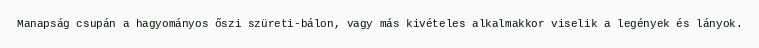
Manapság csupán a hagyományos őszi szüreti-bálon, vagy más kivételes alkalmakkor viselik a legények és lányok.